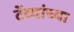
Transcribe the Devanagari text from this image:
टेंब्यांच्या